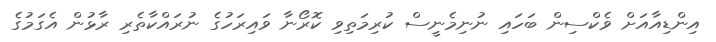
އިންޑިއާއަށް ވެކްސިން ބަހައި ނުނިމެނީސް ކުރިމަތިވި ކޮރޯނާ ވައިރަހުގެ ނުރައްކާތެރި ރާޅުން އެގަމުގެ